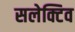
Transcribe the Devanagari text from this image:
सलेक्टिव